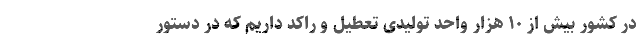
در کشور بیش از ۱۰ هزار واحد تولیدی تعطیل و راکد داریم که در دستور